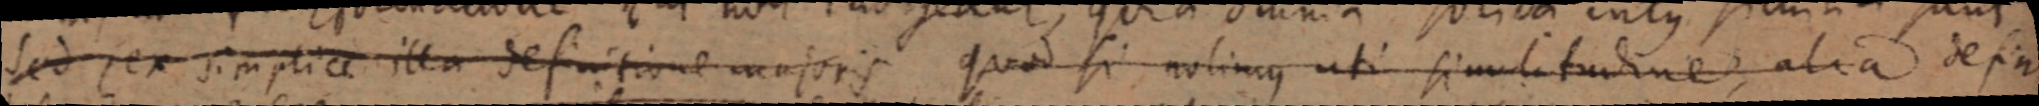
sed, ex simplice illa definitione majoris quod si nolimus uti similitudine, alia defini